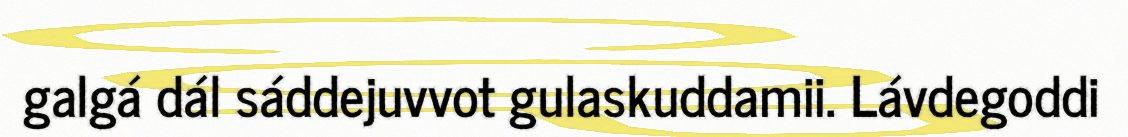
galgá dál sáddejuvvot gulaskuddamii. Lávdegoddi